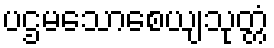
ပဌမသောစေယျသုတ္တံ